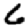
Digit: 6